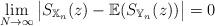
LaTeX: \begin{align*}\lim_{N\rightarrow\infty}\big |S_{\mathbb{X}_{n}}(z)-{\mathbb{E}}(S_{\mathbb{Y}_{n}}(z))\big |=0\, \end{align*}